Vaccination in Burma 1900-1911 - 1900-1911
Year: 1900
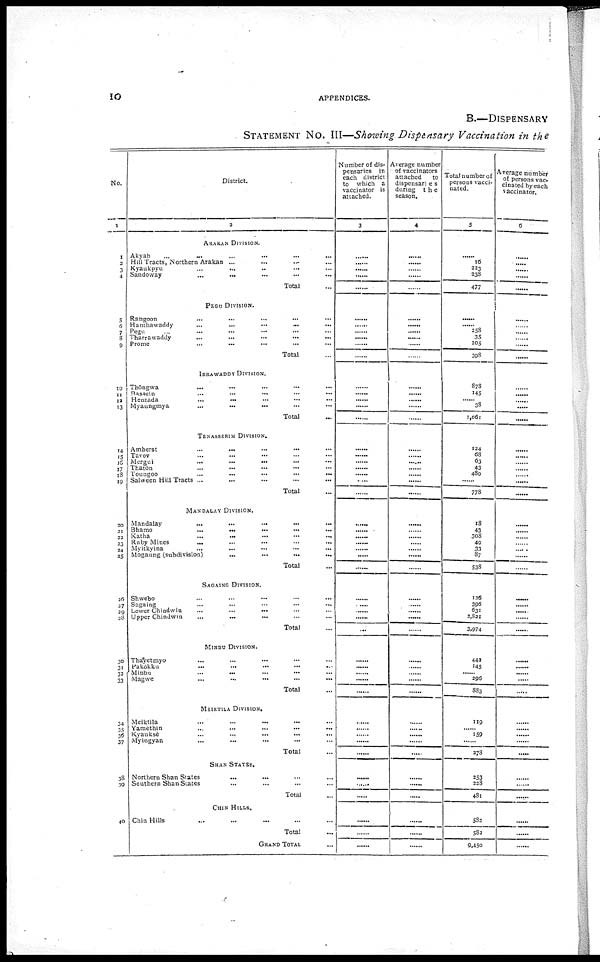
10
APPENDICES.
B.—DISPENSARY
STATEMENT NO. III—Showing Dispensary Vaccination in the
No.
1
1
2
3
4
5
6 7
8
9
10
11
12
13
14
15
16
17
18
19
20
21
22
23
24 25
26
27
28 39
30
31 32
33
34
35 36
37
38
39
40
District.
2
ARAKAN DIVISION.
Akyah ... ... ... ... ... ...
Hill Tracts, Northern Arakan
...
...
...
...
Kyaukpyu ... ... ... ...
Sandoway ... ... ... ... ... ...
Total ...
PEGU DIVISION.
Rangoon ... ... ... ... ...
Hanthawaddy ... ... ... ... ...
Pegu ... ... ... ... ...
Tharrawaddy ... ... ... ... ...
Prome
...
...
...
...
...
Total ...
IRRAWADDY DIVISION.
Thôngwa ... ... ... ... ...
Rassein
...
...
...
...
...
Henzada ... ... ... ... ...
Myaungmya ... ... ... ... ...
Total ...
TENASSERIM DIVISION.
Amherst ... ... ... ... ...
Tavoy ... ... ... ... ...
Mergul ... ... ... ... ...
Thatôn ... ... ... ... ...
Toungoo
...
...
...
...
...
Salween Hill Tracts ... ... ... ... ...
Total ...
MANDALAY DIVISION.
Mandalay
...
...
...
...
...
Bhamo
...
...
...
...
...
Katha ... ... ... ... ...
Ruby Mines ... ... ... ... ...
Myitkvina
...
...
...
...
...
Mogaung (subdivision)
...
...
...
...
...
Total ...
SAGAINO DIVISION.
Shwebo ... ... ... ... ...
Sagaing ... ... ... ... ...
Lower Chindwin ... ... ... ... ...
Upper Chindwin
...
...
...
...
...
Total ...
MINBU DIVISION.
Thayetmyo ... ... ... ... ...
Pakôkku
...
...
...
...
...
Mindu ... ... ... ... ...
Magwe ... ... ... ... ...
Total ...
MEIKTILA DIVISION.
Meiktila ... ... ... ... ...
Yamèthin ... ... ... ... ...
Kyauksè
...
...
...
...
...
Myingyan
...
...
...
...
...
Total ...
SHAN STATES.
Northern Shan States ... ...
Southern Shan States ... ...
Total ...
CHIN HILLS.
Chin Hills ... ... ...
Total ...
GRAND TOTAL ...
Number of dis-
pensaries in
each district
to which a
vaccinator is
attached.
3
......
...... ......
......
......
......
...... ......
......
......
......
......
......
......
......
......
......
......
......
......
......
......
......
......
...... ......
......
......
......
......
......
......
...... ......
......
......
...... ......
......
......
......
...... ......
......
......
......
......
......
......
......
......
Average number
of vaccinators
attached
to
dispensaries
during
the
season.
4
......
......
......
......
......
......
...... ......
......
......
......
......
......
......
......
......
......
...... ......
......
......
......
......
......
......
......
......
...... ......
......
......
......
...... ......
......
......
...... ......
......
......
......
...... ......
......
......
......
......
......
......
......
......
Total number of
persons vacci-
nated.
5
......
16
223
238
477
......
...... 358
35
105
398
878
145
......
38
1,061
124
68
63
43
480
......
778
18
43
308
49
33
87
538
126
396
631
2,821
3,974
443
145
...... 296
883
119
...... 159
......
278
353
228
481
583
582
9,450
Average number
of persons vac-
cinated by each
vaccinator.
6
......
......
......
......
......
......
...... ......
......
......
......
......
......
......
......
......
......
......
......
......
......
......
......
......
......
......
...... ......
......
......
......
......
...... ......
......
......
...... ......
......
......
......
...... ......
......
......
......
......
......
......
......
......